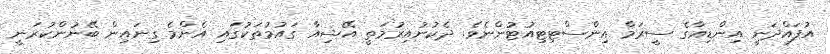
އުފައްދަނީ އިންޑިއާގެ ސީރަމް އިންސްޓިޓިއުޓުންނެވެ. ދެކުނުއިރުމަތީ އޭޝިއާ ގައުމުތަކުގައި އެންމެ ގިނައިން ބޭނުންކުރަނީ